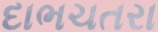
દાભચતરા